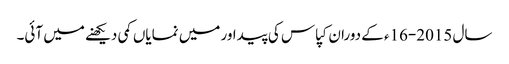
سال 2015-16ء کے دوران کپاس کی پیداور میں نمایاں کمی دیکھنے میں آئی۔